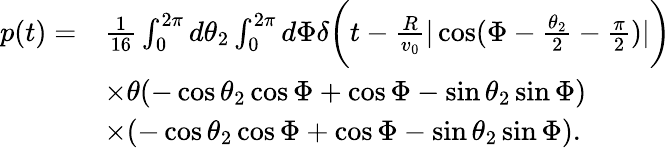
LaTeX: \begin{array}{rl}{p(t)=}&{\frac{1}{16}\int_{0}^{2\pi}d\theta_{2}\int_{0}^{2\pi}d\Phi\delta\bigg(t-\frac{R}{v_{0}}|\cos(\Phi-\frac{\theta_{2}}{2}-\frac{\pi}{2})|\bigg)}\\ &{\times\theta(-\cos\theta_{2}\cos\Phi+\cos\Phi-\sin\theta_{2}\sin\Phi)}\\ &{\times(-\cos\theta_{2}\cos\Phi+\cos\Phi-\sin\theta_{2}\sin\Phi).}\end{array}